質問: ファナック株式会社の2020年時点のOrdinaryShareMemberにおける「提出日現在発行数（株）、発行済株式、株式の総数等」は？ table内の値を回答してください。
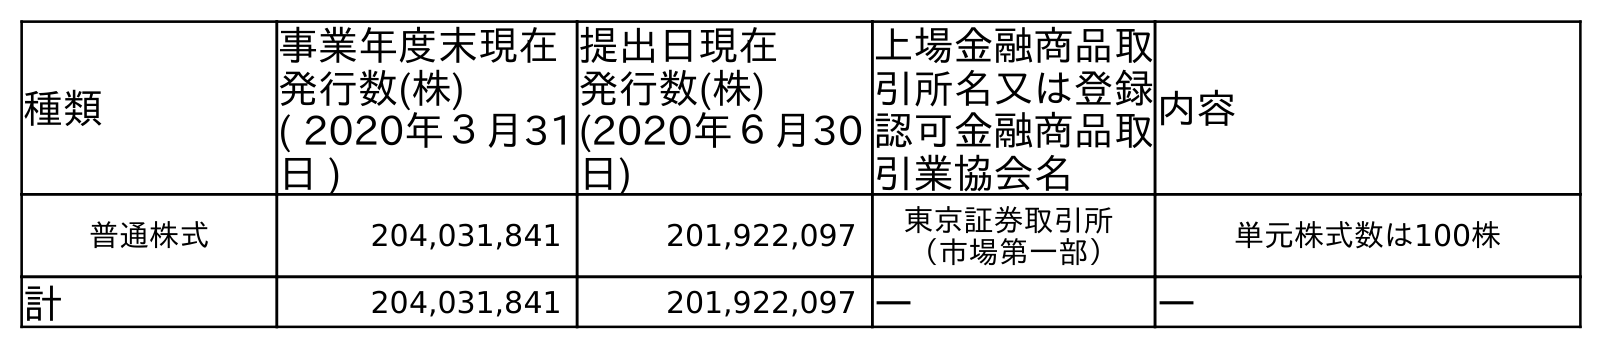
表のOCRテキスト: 種類 事業年度末現在 発行数(株) ( 2020年３月31 日 ) 提出日現在 発行数(株) (2020年６月30 日) 上場金融商品取 引所名又は登録 認可金融商品取 引業協会名 内容 普通株式 204,031,841 201,922,097 東京証券取引所 （市場第一部） 単元株式数は100株 計 204,031,841 201,922,097 ― ―
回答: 201,922,097